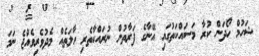
ޝަހުމް ހޯދަން ކުރާ މަސައްކަތުގައި އޭނާގެ ފަރާތުން ނުރައްކާތެރި ހާލަތެއް މެދުވެރިވެއްޖެ ނަމަ